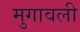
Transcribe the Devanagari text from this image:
मुगावली